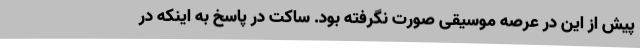
پیش از این در عرصه موسیقی صورت نگرفته بود. ساکت در پاسخ به اینکه در